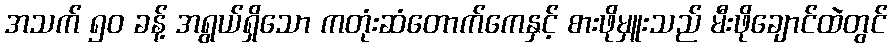
အသက် ၅၀ ခန့် အရွယ်ရှိသော ကတုံးဆံတောက်ကေနှင့် စားဖိုမှူးသည် မီးဖိုချောင်ထဲတွင်